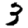
Digit: 3